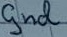
Text: gnd